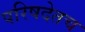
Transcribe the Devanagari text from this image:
परिषदेतच